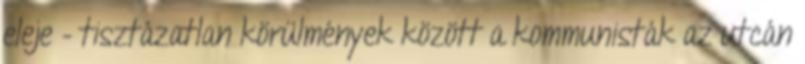
eleje – tisztázatlan körülmények között a kommunisták az utcán